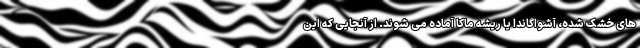
های خشک شده، آشواگاندا یا ریشه ماکا آماده می شوند. از آنجایی که این